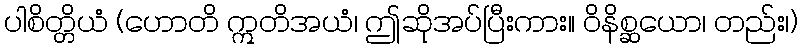
ပါစိတ္တိယံ (ဟောတိ ဣတိအယံ၊ ဤဆိုအပ်ပြီးကား။ ဝိနိစ္ဆယော၊ တည်း၊)